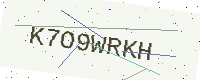
Text: K7O9WRKH